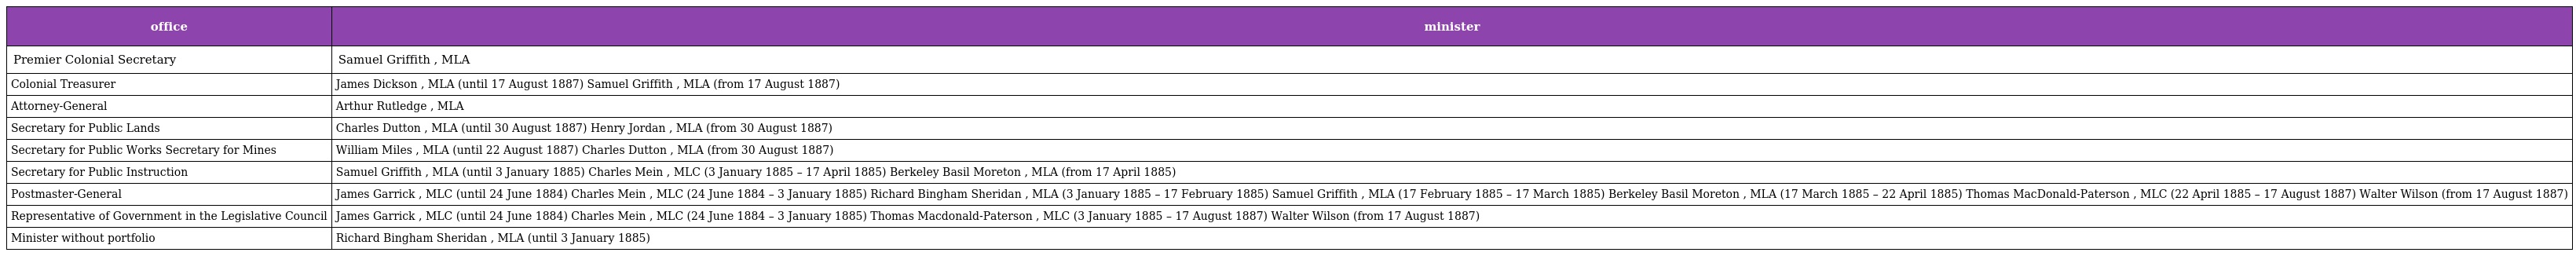
| office | minister |
 | --- | --- |
 | Premier Colonial Secretary | Samuel Griffith , MLA |
 | Colonial Treasurer | James Dickson , MLA (until 17 August 1887) Samuel Griffith , MLA (from 17 August 1887) |
 | Attorney-General | Arthur Rutledge , MLA |
 | Secretary for Public Lands | Charles Dutton , MLA (until 30 August 1887) Henry Jordan , MLA (from 30 August 1887) |
 | Secretary for Public Works Secretary for Mines | William Miles , MLA (until 22 August 1887) Charles Dutton , MLA (from 30 August 1887) |
 | Secretary for Public Instruction | Samuel Griffith , MLA (until 3 January 1885) Charles Mein , MLC (3 January 1885 – 17 April 1885) Berkeley Basil Moreton , MLA (from 17 April 1885) |
 | Postmaster-General | James Garrick , MLC (until 24 June 1884) Charles Mein , MLC (24 June 1884 – 3 January 1885) Richard Bingham Sheridan , MLA (3 January 1885 – 17 February 1885) Samuel Griffith , MLA (17 February 1885 – 17 March 1885) Berkeley Basil Moreton , MLA (17 March 1885 – 22 April 1885) Thomas MacDonald-Paterson , MLC (22 April 1885 – 17 August 1887) Walter Wilson (from 17 August 1887) |
 | Representative of Government in the Legislative Council | James Garrick , MLC (until 24 June 1884) Charles Mein , MLC (24 June 1884 – 3 January 1885) Thomas Macdonald-Paterson , MLC (3 January 1885 – 17 August 1887) Walter Wilson (from 17 August 1887) |
 | Minister without portfolio | Richard Bingham Sheridan , MLA (until 3 January 1885) |